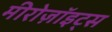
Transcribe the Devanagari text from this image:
मीरोज़ॉइट्स